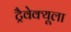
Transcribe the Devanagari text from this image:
ट्रैवेक्यूला